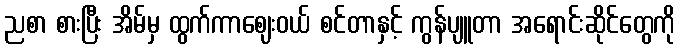
ညစာ စားပြီး အိမ်မှ ထွက်ကာဈေးဝယ် စင်တာနှင့် ကွန်ပျူတာ အရောင်းဆိုင်တွေကို